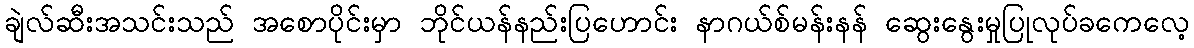
ချဲလ်ဆီးအသင်းသည် အစောပိုင်းမှာ ဘိုင်ယန်နည်းပြဟောင်း နာဂယ်စ်မန်းနန် ဆွေးနွေးမှုပြုလုပ်ခကေလေ့